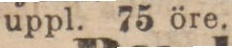
uppl. 75 öre.